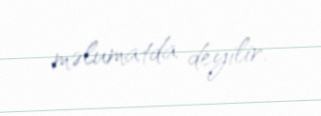
məlumatda deyilir.